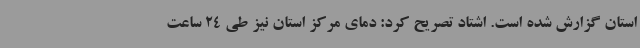
استان گزارش شده است. اشتاد تصریح کرد: دمای مرکز استان نیز طی 24 ساعت